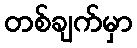
တစ်ချက်မှာ